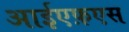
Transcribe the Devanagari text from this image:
आईएफ़एस